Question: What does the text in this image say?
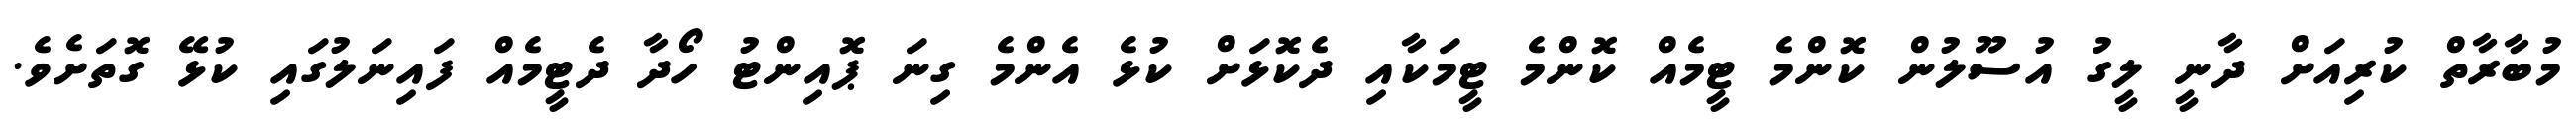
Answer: މުބާރާތް ކުރިއަށް ދާނީ ލީގު އުސޫލުން ކޮންމެ ޓީމެއް ކޮންމެ ޓީމަކާއި ދެކޮޅަށް ކުޅެ އެންމެ ގިނަ ޕޮއިންޓު ހޯދާ ދެޓީމެއް ފައިނަލުގައި ކުޅޭ ގޮތަށެވެ.